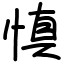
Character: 慎